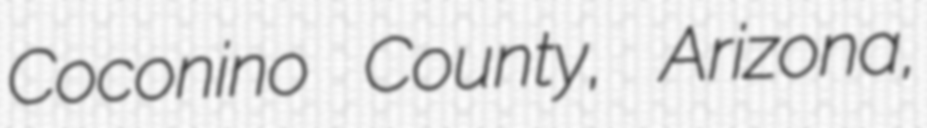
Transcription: Coconino County, Arizona,